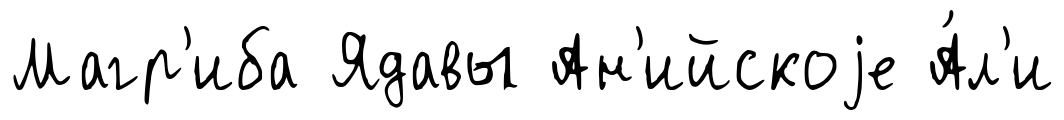
Магр'иба Ядавы Ан'ийскоjе А́л'и